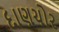
દાણચોર